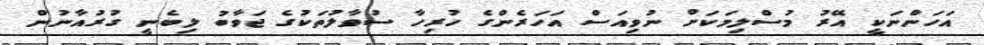
އަހަންނަކީ އޭރު މުސްލިމަކަށް ނުވިއަސް އަހަރެންގެ ހުރިހާ ސުވާލުތަކުގެ ޖަވާބު ލިބެނީ ގުރުއާނުން